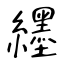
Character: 纆